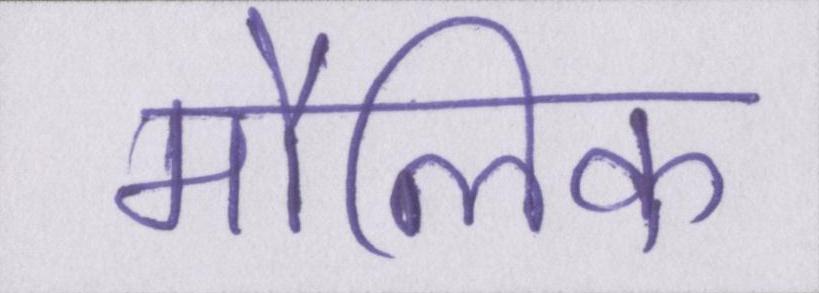
मौलिक